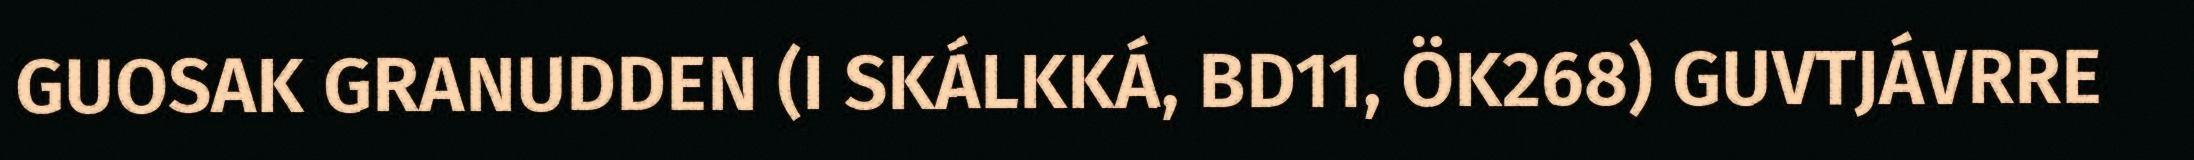
GUOSAK GRANUDDEN (I SKÁLKKÁ, BD11, ÖK268) GUVTJÁVRRE